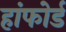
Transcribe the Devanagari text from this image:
हांफोर्ड